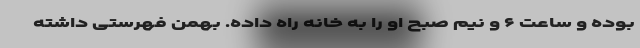
بوده و ساعت ۶ و نیم صبح او را به خانه راه داده. بهمن فهرستی داشته